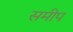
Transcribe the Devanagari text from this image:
समीप